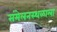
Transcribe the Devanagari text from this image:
संमेलनस्थळाला